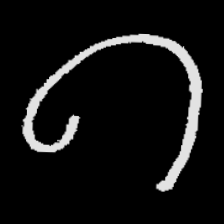
Pyu character \u2014 Myanmar letter: ဂ (romanized: ga)